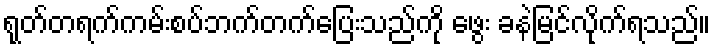
ရုတ်တရက်ကမ်းစပ်ဘက်တက်ပြေးသည်ကို ဖွေး ခနဲမြင်လိုက်ရသည်။